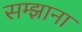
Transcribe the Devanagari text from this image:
सम्झाना